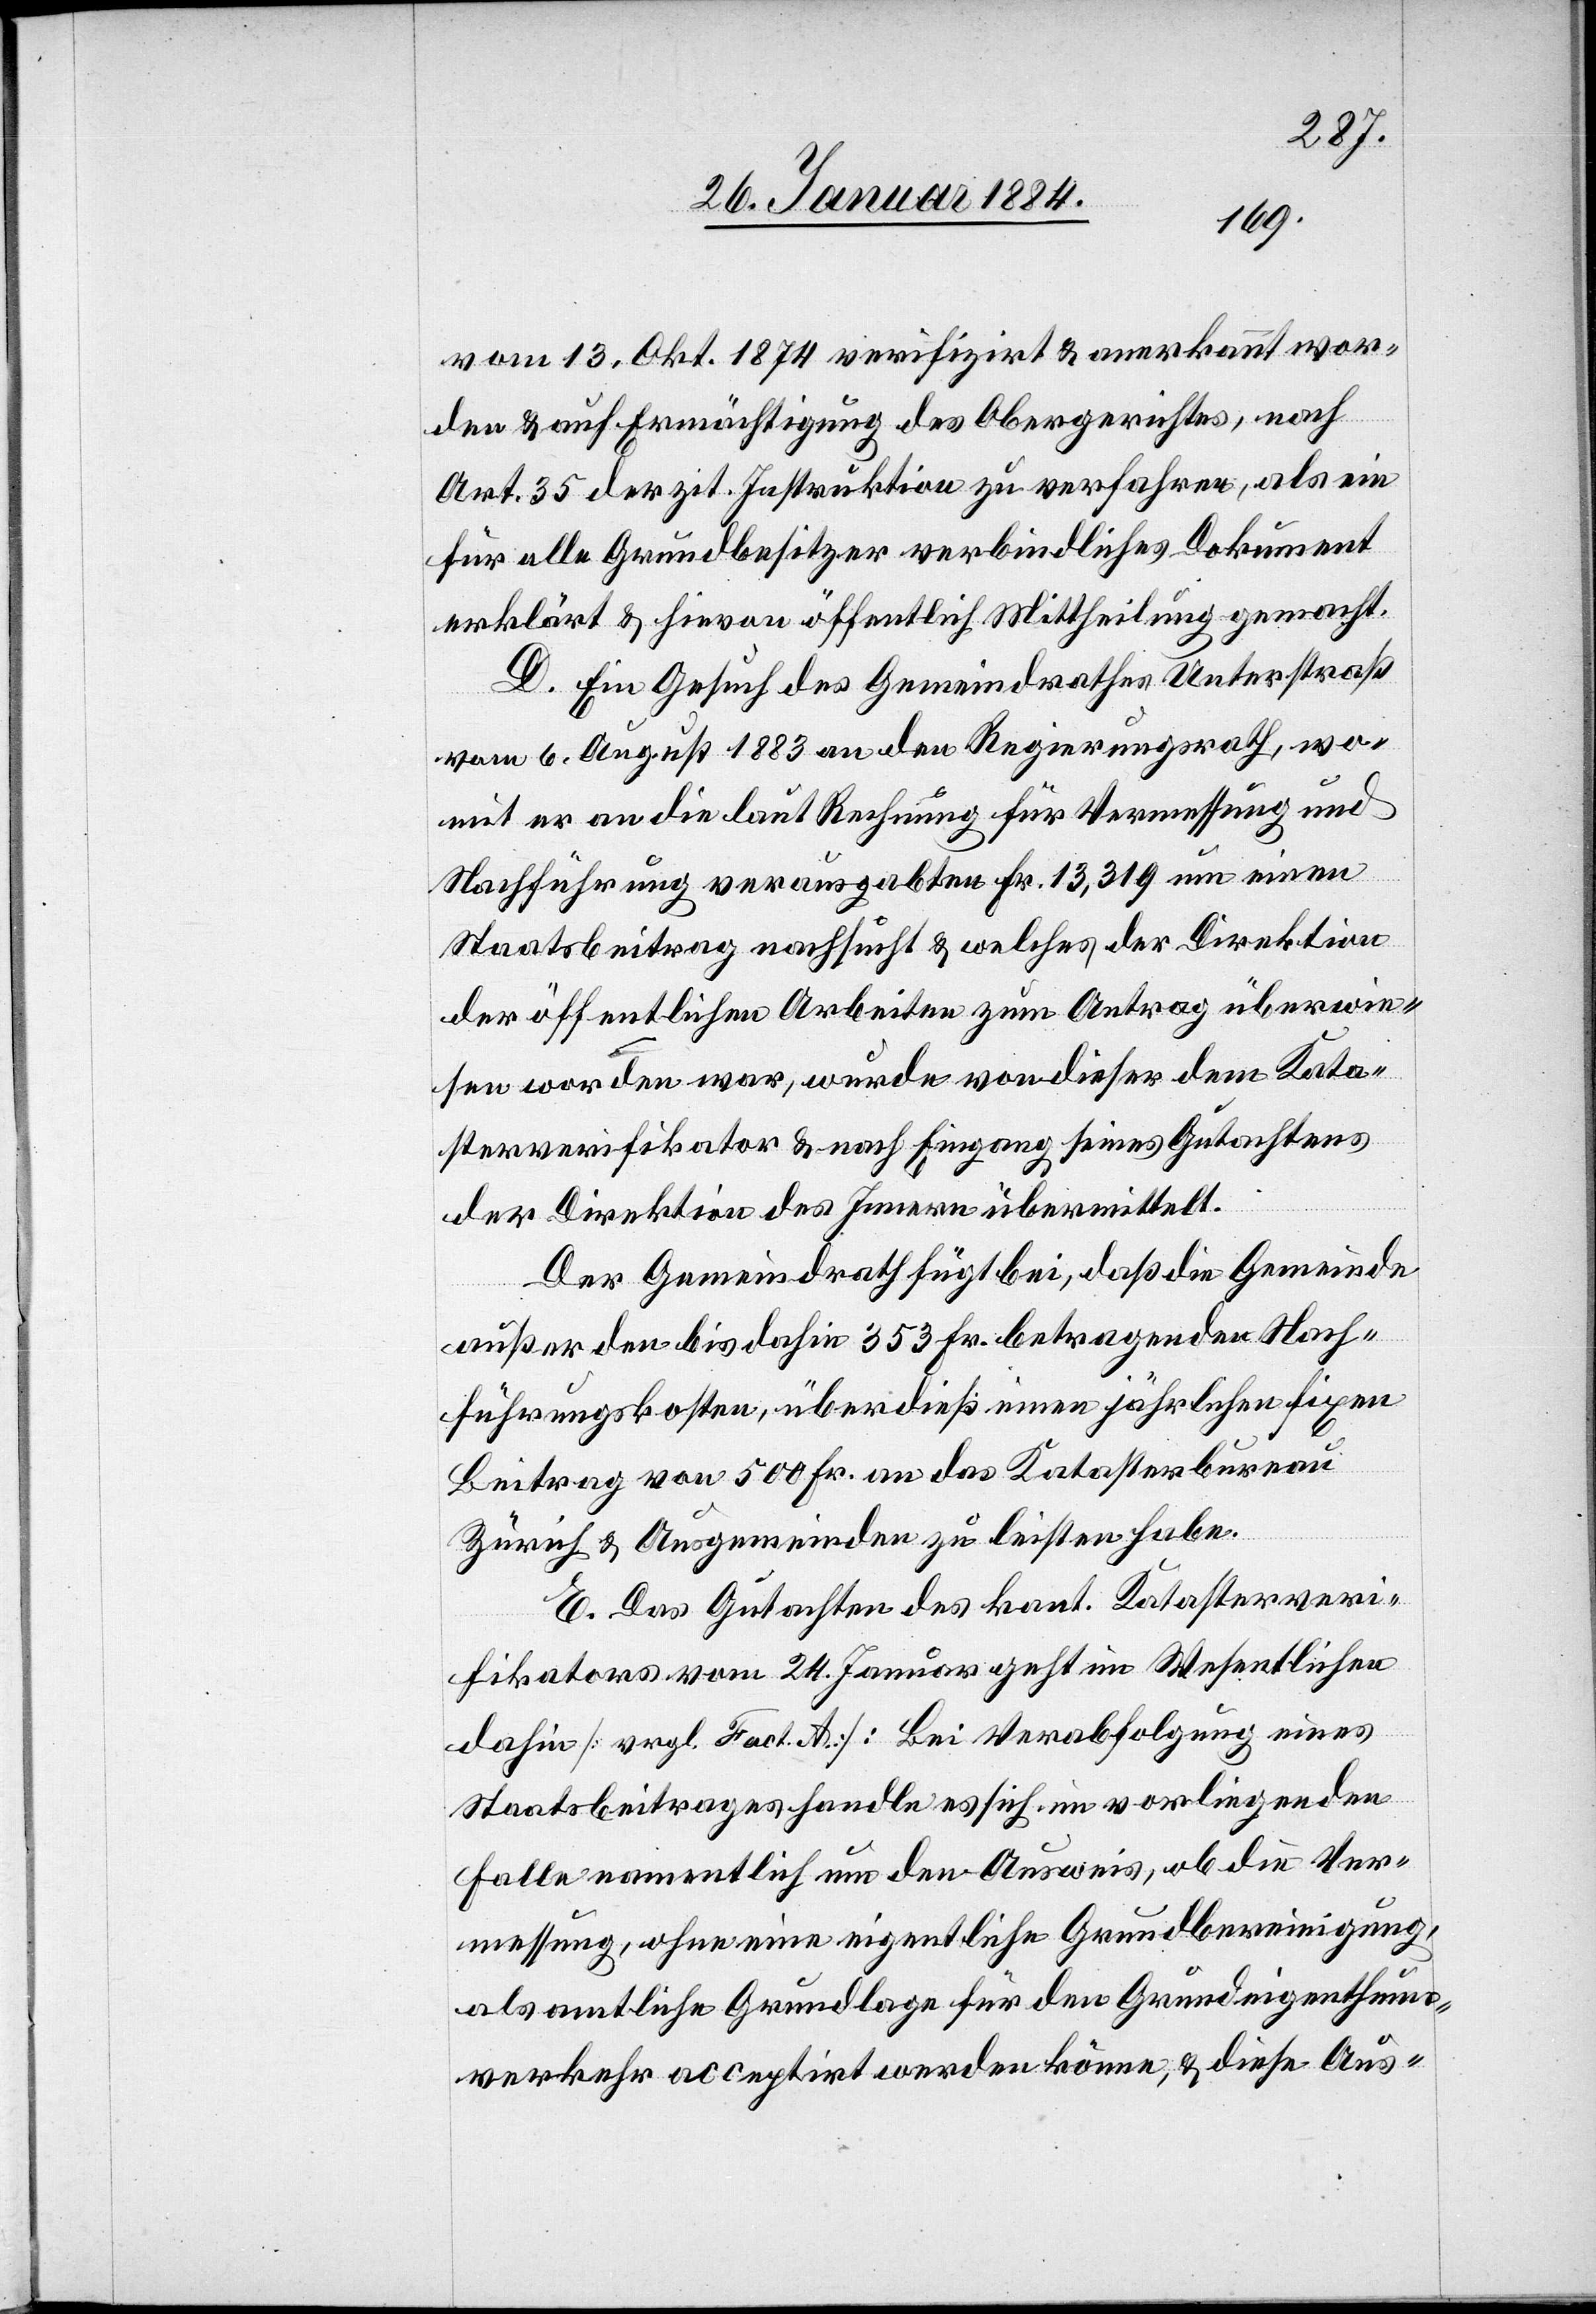
vom 13. Okt. 1874 verifizirt & anerkannt wor¬
den & auf Ermächtigung des Obergerichtes, nach
Art. 35 der zit. Instruktion zu verfahren, als ein
für alle Grundbesitzer verbindliches Dokument
erklärt & hievon öffentlich Mittheilung gemacht.
D. Ein Gesuch des Gemeindrathes Unterstraß
vom 6. August 1883 an den Regierungsrath, wo¬
mit er an die laut Rechnung für Vermessung und
Nachführung verausgabten Fr. 13,319 um einen
Staatsbeitrag nachsucht & welches der Direktion
der öffentlichen Arbeiten zum Antrag überwie¬
sen worden war, wurden von dieser dem Kata¬
sterverifikator & nach Eingang seines Gutachtens
der Direktion des Innern übermittelt.
Der Gemeindrath fügt bei, daß die Gemeinde
außer den bis dahin 353 Fr. betragenden Nach¬
führungskosten, überdieß einen jährlichen fixen
Beitrag von 500 Fr. an das Katasterbureau
Zürich & Ausgemeinden zu leisten habe.
E. Das Gutachten des kant. Katasterveri¬
fikators vom 24. Januar geht im Wesentlichen
dahin [vergl. Fact. A.]: Bei Verabfolgung eines
Staatsbeitrages handle es sich im vorliegenden
Falle namentlich um den Ausweis, ob die Ver¬
messung, ohne eine eigentliche Grundbereinigung,
als amtliche Grundlage für den Grundeigenthums¬
verkehr acceptirt werden könne, & diese Aus-